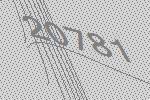
20781